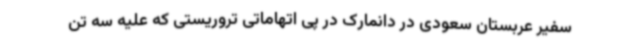
سفیر عربستان سعودی در دانمارک در پی اتهاماتی تروریستی که علیه سه تن